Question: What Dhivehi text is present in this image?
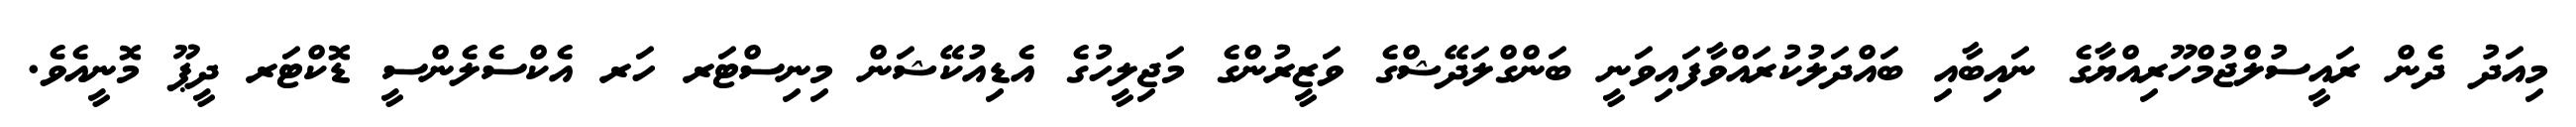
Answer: މިއަދު ދެން ރައީސުލްޖުމްހޫރިއްޔާގެ ނައިބާއި ބައްދަލުކުރައްވާފައިވަނީ ބަންގްލަދޭޝްގެ ވަޒީރުންގެ މަޖިލީހުގެ އެޑިއުކޭޝަން މިނިސްޓަރ ހަރ އެކްސެލެންސީ ޑޮކްޓަރ ދީޕޫ މޮނީއެވެ.